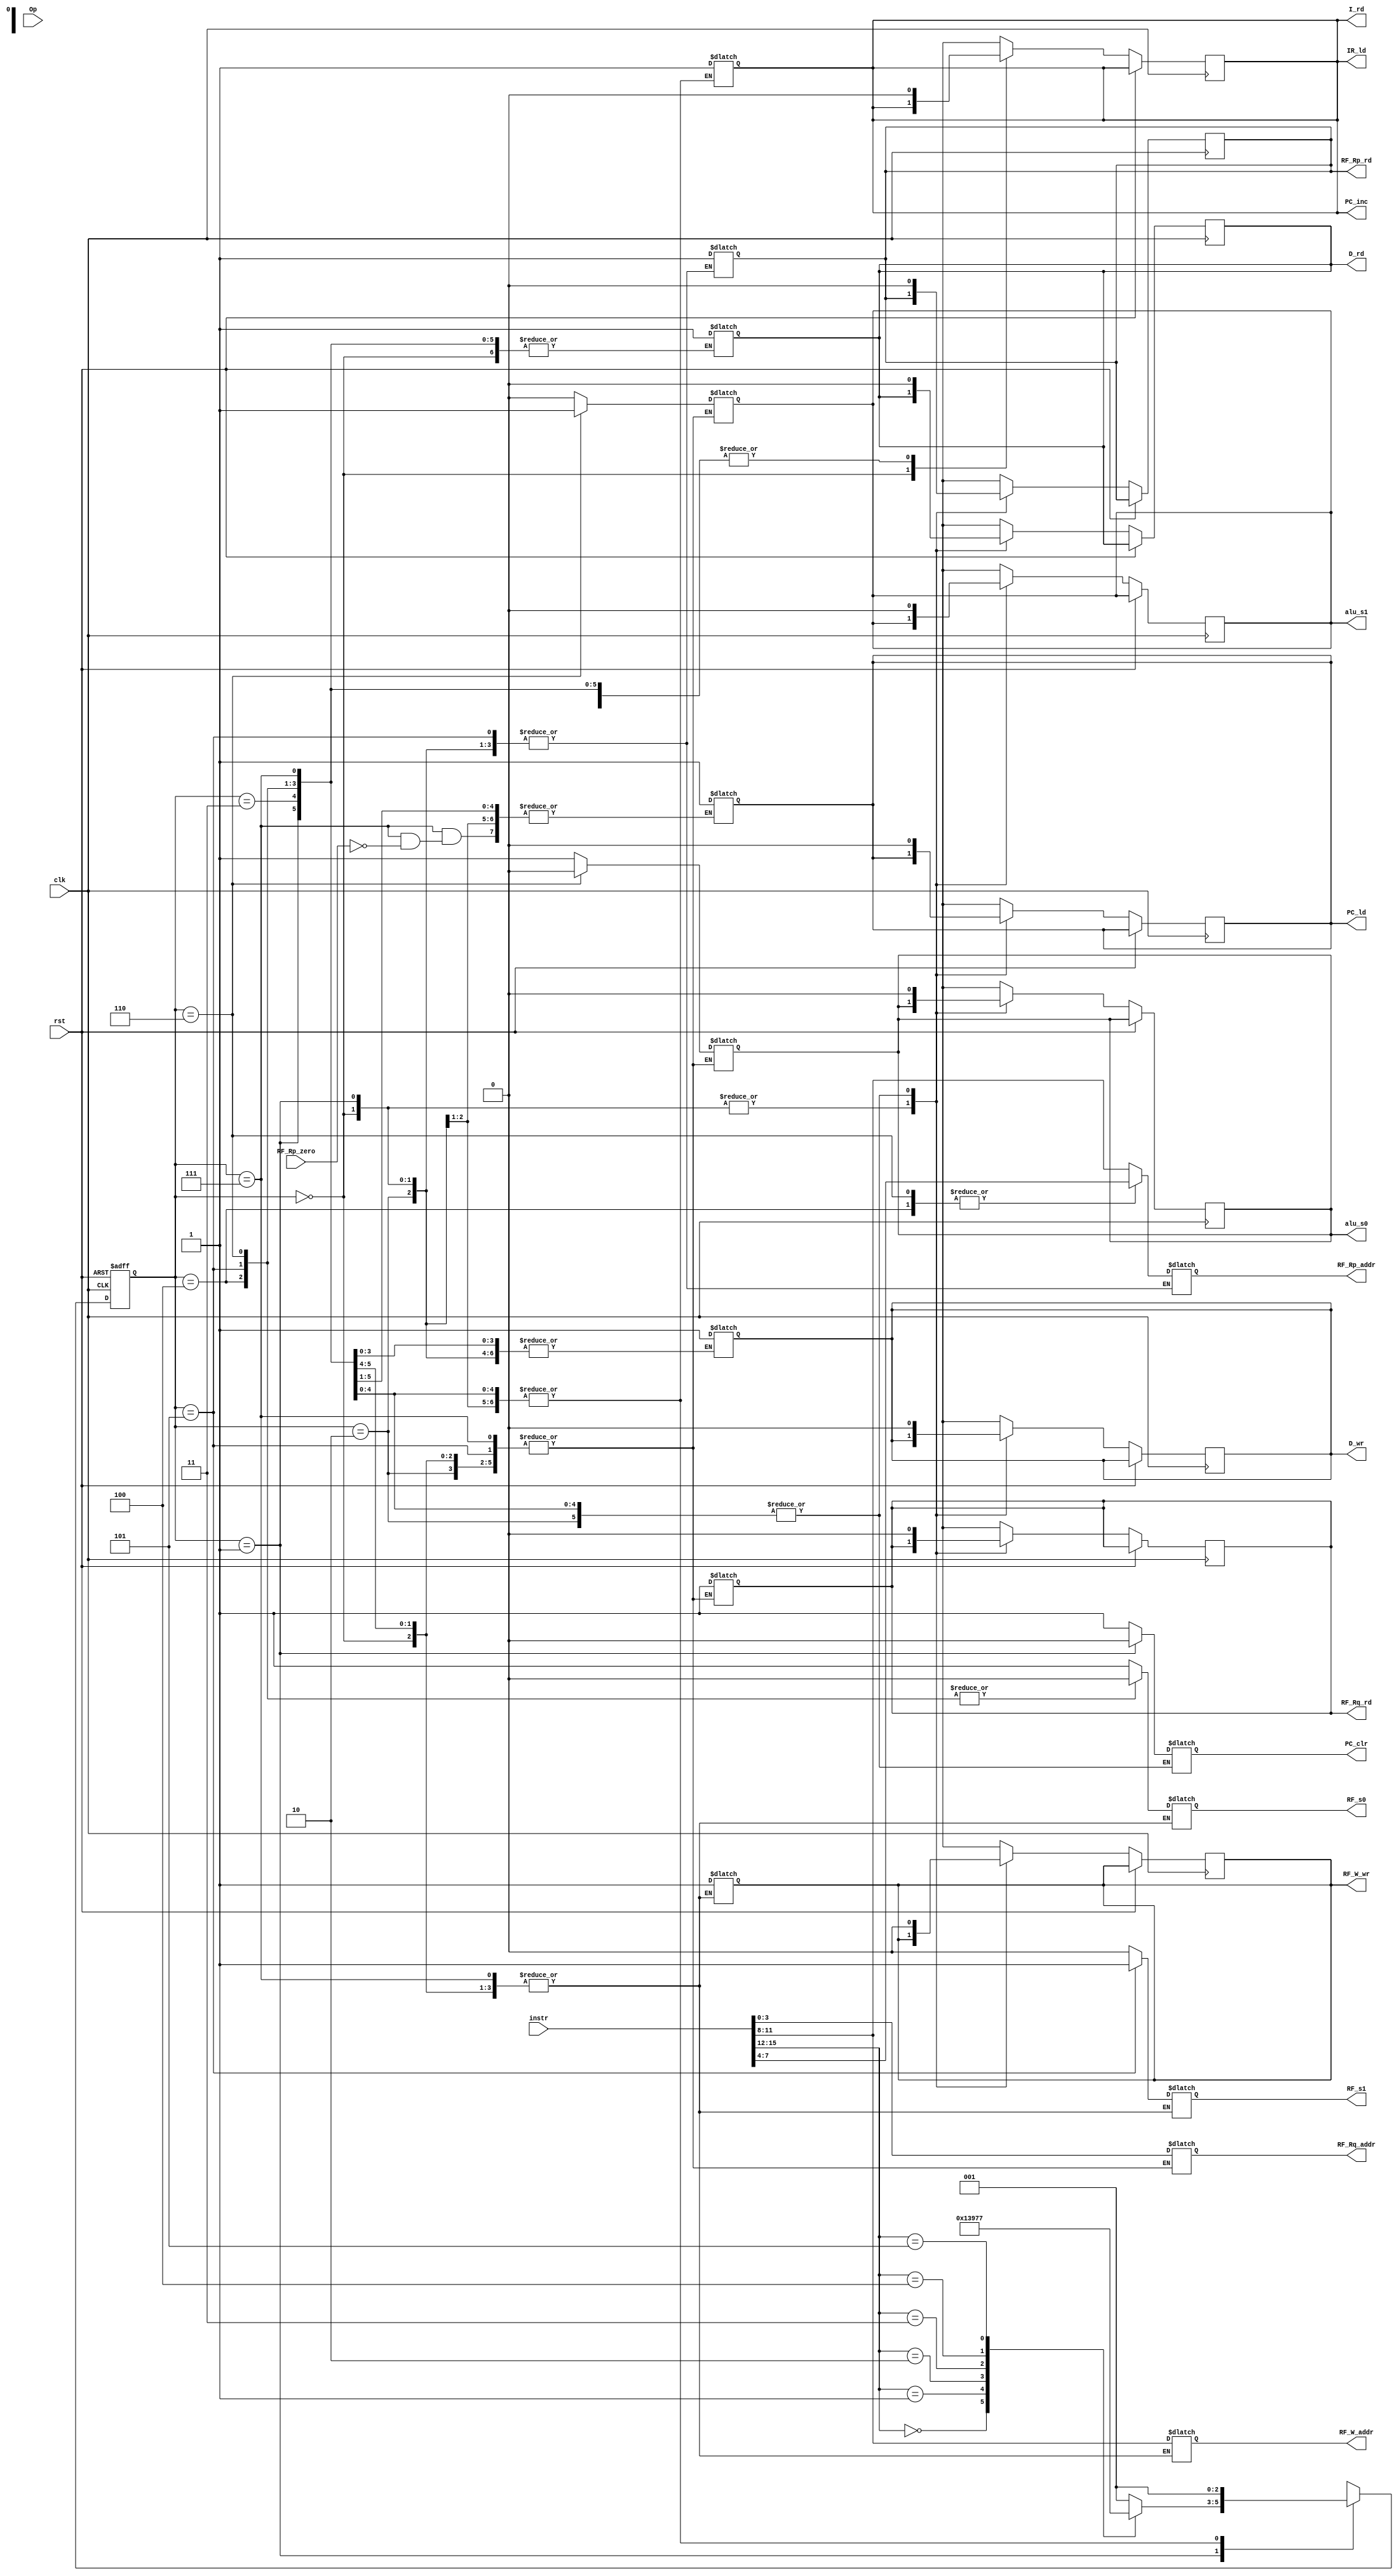
module Controller(
    input clk,
    input wire [15:0] instr, // Instruction input
    input [3:0]Op,
    input rst ,
    output reg   D_rd, // Data read control signal
    output reg   D_wr, // Data write control signal
    output reg   RF_s1, // Register file select signal 1
    output reg   RF_s0, // Register file select signal 0
    output reg   RF_W_wr, // Register file write control signal
    output reg   RF_Rp_rd, // Register file read control signal for Rp
    output reg   RF_Rq_rd, // Register file read control signal for Rq
    output reg   alu_s1, // ALU select signal 1
    output reg   alu_s0, // ALU select signal 0
    input  RF_Rp_zero, // Zero flag for Rp register
    output reg PC_ld, // Program counter load control signal
    output reg   PC_clr, // Program counter clear control signal
    output reg   PC_inc, // Program counter increment control signal
    output reg   I_rd, // Instruction read control signal
    output reg   IR_ld, // Instruction register load control signal
    output reg   [3:0]RF_Rp_addr, // Register file address for Rp
    output reg   [3:0]RF_Rq_addr, // Register file address for Rq
    output reg   [3:0]RF_W_addr // Register file address for write
);

// Define opcode constants
parameter OP_MOV_Ra_d = 4'b0000;
parameter OP_MOV_d_Ra = 4'b0001;
parameter OP_ADD = 4'b0010;
parameter OP_MOV_Ra_C = 4'b0011;
parameter OP_SUB = 4'b0100;
parameter OP_JMPZ = 4'b0101;

// Define states
parameter INIT_STATE = 3'b000;
parameter FETCH_STATE = 3'b001;
parameter MOV_Ra_d_STATE = 3'b010;
parameter MOV_d_Ra_STATE = 3'b011;
parameter ADD_STATE = 3'b100;
parameter MOV_Ra_C_STATE = 3'b101;
parameter SUB_STATE = 3'b110;
parameter JMPZ_STATE = 3'b111;
  
// Delay States
parameter WAIT_STATE = 1'b1;
parameter READY_STATE = 1'b0;

// Define current state
reg [2:0] current_state;
reg delay_state;

initial begin
    current_state=INIT_STATE;
    // Default control signals
    D_rd=0;
    D_wr=0;
    RF_s1=0;
    RF_s0=0;
    RF_W_wr=0;
    RF_Rp_rd=0;
    RF_Rq_rd=0;
    RF_W_wr=0;
    alu_s1=0;
    alu_s0=0;
    IR_ld=0;
    I_rd=0;
    PC_ld = 0;
    PC_inc = 0;
    // RF_Rp_zero=0;
end

// Decode the opcode from the instruction
always @(*) begin
    case (current_state)
        INIT_STATE: begin
            PC_clr=1; // Clear program counter
        end
        FETCH_STATE: begin
            begin
                PC_clr = 0; // Clear program counter
                I_rd=1; // Enable instruction read
                PC_inc=1; // Increment program counter
                IR_ld=1; // Load instruction into IR
            end
        end
        MOV_Ra_d_STATE: begin
            D_rd=1; // Enable data read
            RF_s1=0; // Select register file bank 0
            RF_s0=1; // Select register file bank 1
            RF_W_wr=1; // Enable register file write
            RF_W_addr = instr[11:8]; // Set register file write address
        end
        MOV_d_Ra_STATE: begin
            D_wr=1; // Enable data write
            RF_Rp_rd=1; // Enable register file read for Rp
            RF_Rp_addr=instr[11:8]; // Set register file read address for Rp
        end
        ADD_STATE: begin
            RF_Rp_rd=1; // Enable register file read for Rp
            RF_Rp_addr=instr[7:4]; // Set register file read address for Rp
            RF_s1=0; // Select register file bank 0
            RF_s0=0; // Select register file bank 0
            RF_Rq_rd=1; // Enable register file read for Rq
            RF_Rq_addr=instr[3:0]; // Set register file read address for Rq
            RF_W_wr=1; // Enable register file write
            RF_W_addr=instr[11:8]; // Set register file write address
            alu_s1=0; // Select ALU operation 0
            alu_s0=1; // Select ALU operation 1
        end
        MOV_Ra_C_STATE: begin
            RF_s1=1; // Select register file bank 1
            RF_s0=0; // Select register file bank 0
            RF_W_wr=1; // Enable register file write
            RF_W_addr=instr[11:8]; // Set register file write address
        end
        SUB_STATE: begin
            RF_Rp_rd=1; // Enable register file read for Rp
            RF_Rp_addr=instr[7:4]; // Set register file read address for Rp
            RF_s1=0; // Select register file bank 0
            RF_s0=0; // Select register file bank 0
            RF_Rq_rd=1; // Enable register file read for Rq
            RF_Rq_addr=instr[3:0]; // Set register file read address for Rq
            RF_W_wr=1; // Enable register file write
            RF_W_addr=instr[11:8]; // Set register file write address
            alu_s1=1; // Select ALU operation 1
            alu_s0=0; // Select ALU operation 0
        end
        JMPZ_STATE: begin
            RF_Rp_rd=1; // Enable register file read for Rp
            RF_Rp_addr=instr[11:8]; // Set register file read address for Rp
          
            if(RF_Rp_zero) begin
                PC_ld=1; // Load program counter
            end
        end
        default: begin
            // Unknown opcode, do nothing
        end
    endcase
end

// Always block for state transitions
always @(posedge clk or posedge rst) begin
    if (rst) begin
        current_state <= INIT_STATE; // Reset to init state
    end else begin
        case (current_state)
            INIT_STATE: begin
                current_state <= FETCH_STATE; // Transition to fetch state after initialization
            end
            FETCH_STATE: begin
                case (instr[15:12])
                    OP_MOV_Ra_d: current_state = MOV_Ra_d_STATE;
                    OP_MOV_d_Ra: current_state = MOV_d_Ra_STATE;
                    OP_ADD: current_state = ADD_STATE;
                    OP_MOV_Ra_C: current_state = MOV_Ra_C_STATE;
                    OP_SUB: current_state = SUB_STATE;
                    OP_JMPZ: current_state = JMPZ_STATE;
                    default: current_state = FETCH_STATE; // Stay in fetch state if opcode is not recognized
                endcase 
                I_rd=0; // Disable instruction read
                PC_inc=0; // Disable program counter increment
                IR_ld=0; // Disable instruction register load
            end
            MOV_Ra_d_STATE, MOV_d_Ra_STATE, ADD_STATE, MOV_Ra_C_STATE, SUB_STATE, JMPZ_STATE: begin
                // Reset control signals
                D_rd=0;
                D_wr=0;
                RF_W_wr=0;
                RF_Rp_rd=0;
                RF_Rq_rd=0;
                RF_W_wr=0;
                alu_s1=0;
                alu_s0=0;
                IR_ld=0;
                I_rd=0;
                PC_ld = 0;
                PC_inc = 0;
                current_state <= FETCH_STATE; // Transition back to fetch state
            end
            default: begin
                // Unknown state, do nothing
            end
        endcase
    end
end

endmodule